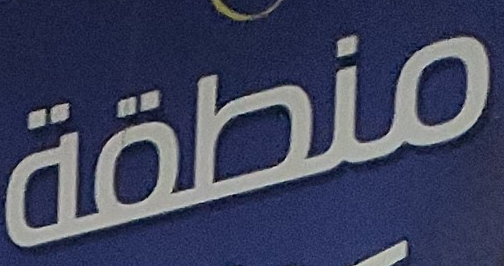
منطقة